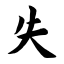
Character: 失